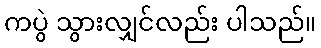
ကပွဲ သွားလျှင်လည်း ပါသည်။